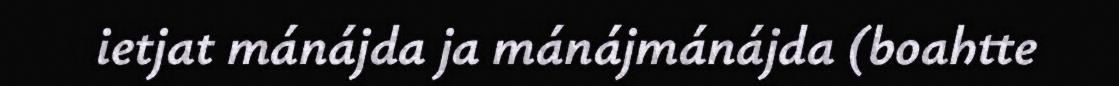
ietjat mánájda ja mánájmánájda (boahtte